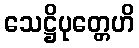
သေဋ္ဌိပုတ္တေဟိ